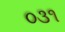
૦૩૧